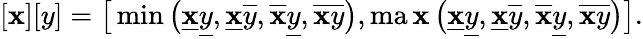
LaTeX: [\mathbf{x}][y]=\big[\operatorname*{min}\big(\underline{{{\mathbf{x}}}}\underline{{{y}}},\underline{{{\mathbf{x}}}}\overline{{{y}}},\overline{{{\mathbf{x}}}}\underline{{{y}}},\overline{{{\mathbf{x}}}}\overline{{{y}}}\big),\operatorname*{ma\mathbf{x}}\big(\underline{{{\mathbf{x}}}}\underline{{{y}}},\underline{{{\mathbf{x}}}}\overline{{{y}}},\overline{{{\mathbf{x}}}}\underline{{{y}}},\overline{{{\mathbf{x}}}}\overline{{{y}}}\big)\big].